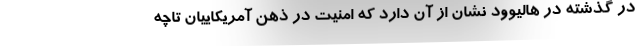
در گذشته در هالیوود نشان از آن دارد که امنیت در ذهن آمریکاییان تاچه